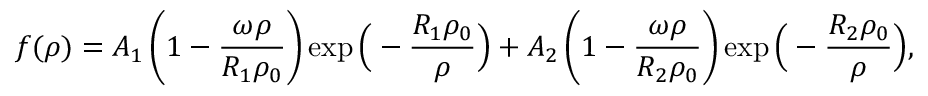
f ( \rho ) = A _ { 1 } \left( 1 - \frac { \omega \rho } { R _ { 1 } \rho _ { 0 } } \right) \exp \Big ( - \frac { R _ { 1 } \rho _ { 0 } } { \rho } \Big ) + A _ { 2 } \left( 1 - \frac { \omega \rho } { R _ { 2 } \rho _ { 0 } } \right) \exp \Big ( - \frac { R _ { 2 } \rho _ { 0 } } { \rho } \Big ) ,